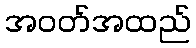
အဝတ်အထည်